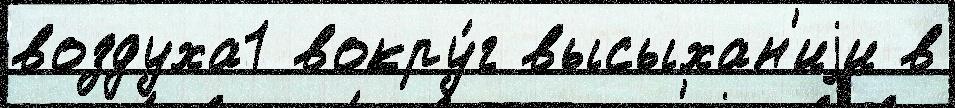
воздуха1 вокру́г высыхан'иjи в